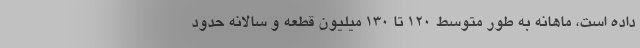
داده است، ماهانه به طور متوسط ۱۲۰ تا ۱۳۰ میلیون قطعه و سالانه حدود